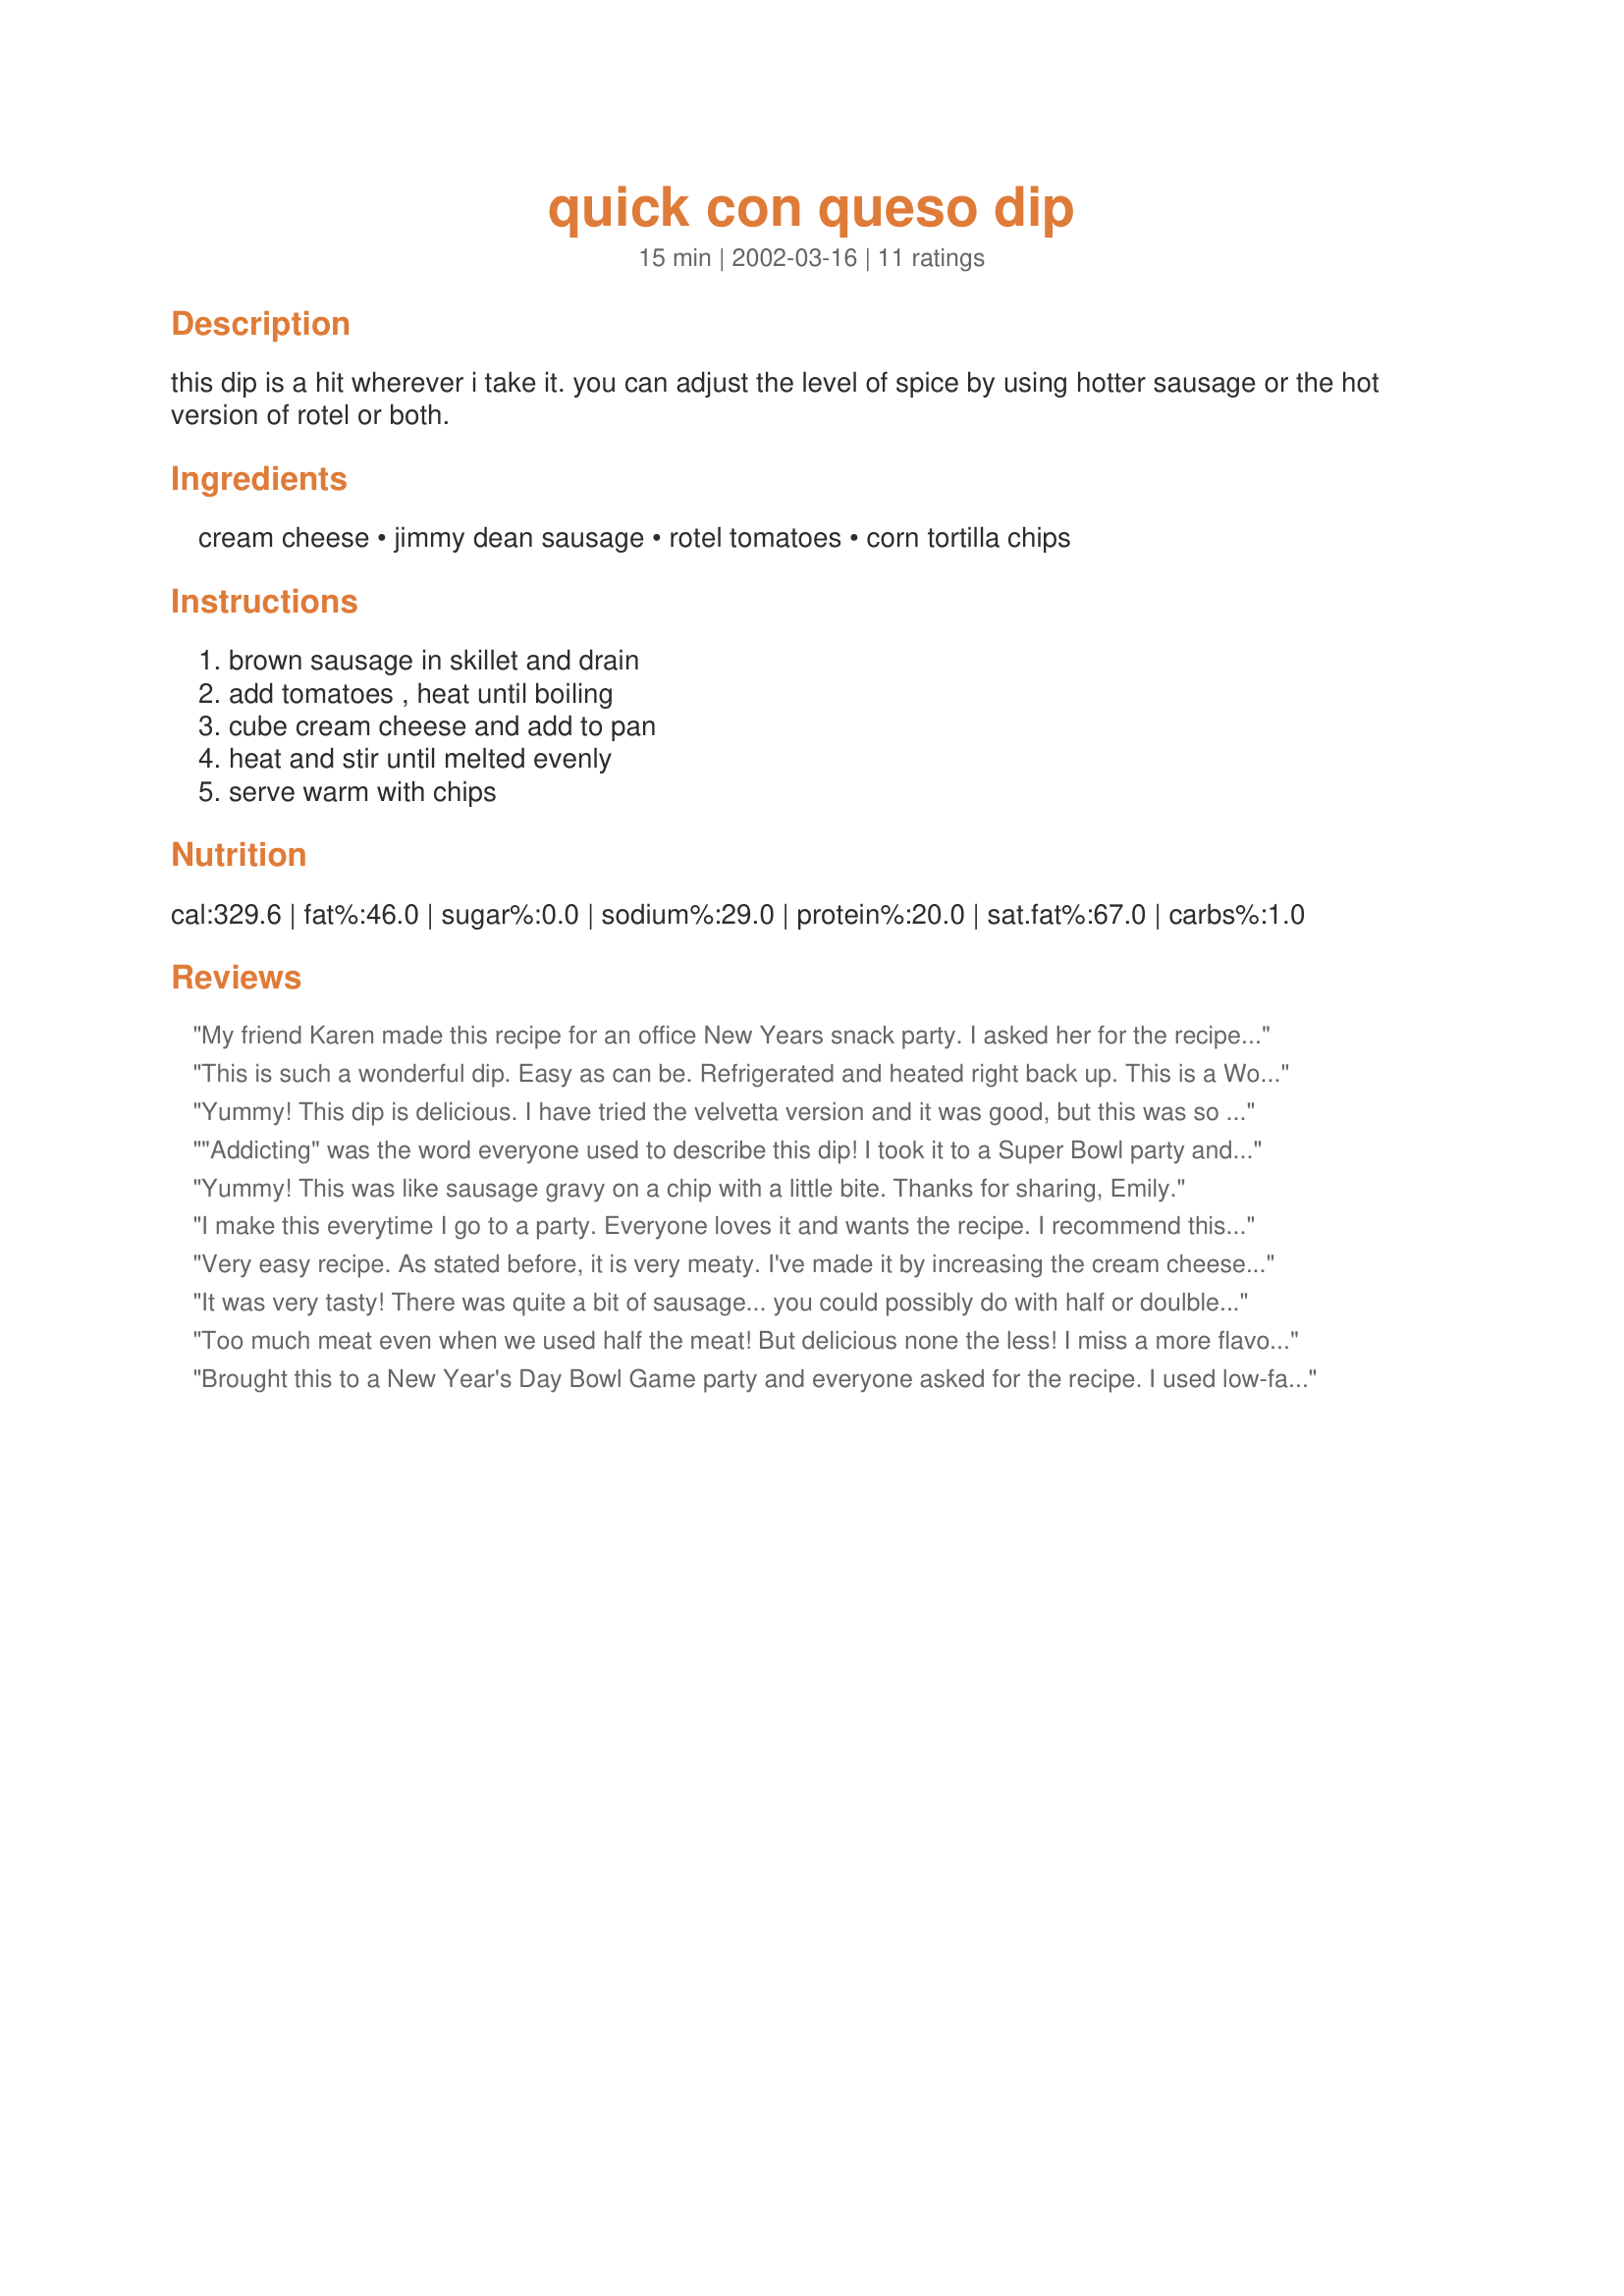
quick con queso dip
Preparation time: 15 minutes

this dip is a hit wherever i take it. you can adjust the level of spice by using hotter sausage or the hot version of rotel or both.

Ingredients:
cream cheese, jimmy dean sausage, rotel tomatoes, corn tortilla chips

Steps:
brown sausage in skillet and drain, add tomatoes , heat until boiling, cube cream cheese and add to pan, heat and stir until melted evenly, serve warm with chips

Reviews:
My friend Karen made this recipe for an office New Years snack party. I asked her for the recipe and of course she told me "Recipezaar". I should have known!! It is now in my cookbook and it is delicious!!
Thanks DebCamp and Karen!!
This is such a wonderful dip. Easy as can be. Refrigerated and heated right back up. This is a Wow and must have. Will make over and over. Hugs
Yummy! This dip is delicious. I have tried the velvetta version and it was good, but this was so much creamier. My boyfriend loved how meaty it was too. I wouldn't change a thing! Thanks for sharing. My family & co-workers will say the same :)
"Addicting" was the word everyone used to describe this dip! I took it to a Super Bowl party and it lasted about 5 minutes. I should have doubled the recipe. Very easy and very, very good.
Yummy! This was like sausage gravy on a chip with a little bite. Thanks for sharing, Emily.
I make this everytime I go to a party. Everyone loves it and wants the recipe. I recommend this to everyone.
Very easy recipe. As stated before, it is very meaty. I've made it by increasing the cream cheese and rotel by 1.5. It made a little more and was still very meaty and delicious.
It was very tasty! There was quite a bit of sausage... you could possibly do with half or doulble the amount of cream cheese.
Too much meat even when we used half the meat! But delicious none the less! I miss a more flavorful cheese though.
Brought this to a New Year's Day Bowl Game party and everyone asked for the recipe. I used low-fat cream cheese and it was great!
This is a wonderful dip that is easy to prepare. It didn't last long at our Happy Hour here in the Florida Keys. Everyone asked for a copy of this. It will be fun to experiment with different ty.ps of sausage too. Thanks for sharing, DebCamp.
